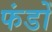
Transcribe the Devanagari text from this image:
फंडोँ